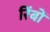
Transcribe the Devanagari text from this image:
रिंबों